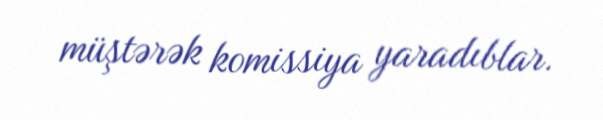
müştərək komissiya yaradıblar.